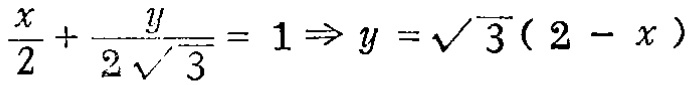
$\frac{x}{2}+\frac{y}{2\sqrt{3}} = 1\Rightarrow y = \sqrt{3}(2 - x)$